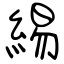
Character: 緆